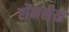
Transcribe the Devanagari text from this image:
सेमलेक